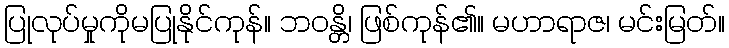
ပြုလုပ်မှုကိုမပြုနိုင်ကုန်။ ဘဝန္တိ၊ ဖြစ်ကုန်၏။ မဟာရာဇ၊ မင်းမြတ်။